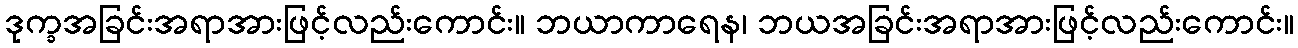
ဒုက္ခအခြင်းအရာအားဖြင့်လည်းကောင်း။ ဘယာကာရေန၊ ဘယအခြင်းအရာအားဖြင့်လည်းကောင်း။